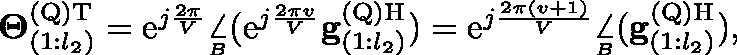
\begin{array} { r } { \mathbf { \Theta } _ { ( 1 : l _ { 2 } ) } ^ { \mathrm { ( Q ) } \mathrm { T } } = \mathrm { e } ^ { j \frac { 2 \pi } { V } } \underset { ^ B } { \angle } ( \mathrm { e } ^ { j \frac { 2 \pi v } { V } } \mathbf { g } _ { ( 1 : l _ { 2 } ) } ^ { \mathrm { ( Q ) } \mathrm { H } } ) = \mathrm { e } ^ { j \frac { 2 \pi ( v + 1 ) } { V } } \underset { ^ B } { \angle } ( \mathbf { g } _ { ( 1 : l _ { 2 } ) } ^ { \mathrm { ( Q ) } \mathrm { H } } ) , } \end{array}